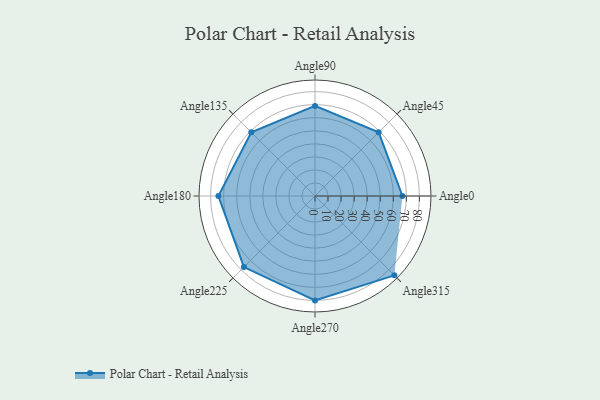
{"axis": {"x": "Angle", "y": "Radius"}, "legend": [""], "data": [{"x": "Angle0", "y": 67.0, "type": ""}, {"x": "Angle45", "y": 69.0, "type": ""}, {"x": "Angle90", "y": 69.0, "type": ""}, {"x": "Angle135", "y": 69.0, "type": ""}, {"x": "Angle180", "y": 74.0, "type": ""}, {"x": "Angle225", "y": 77.0, "type": ""}, {"x": "Angle270", "y": 80.0, "type": ""}, {"x": "Angle315", "y": 86.0, "type": ""}]}